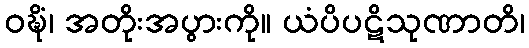
ဝဍ္ဎိံ၊ အတိုးအပွားကို။ ယံပိပဋိသုဏာတိ၊